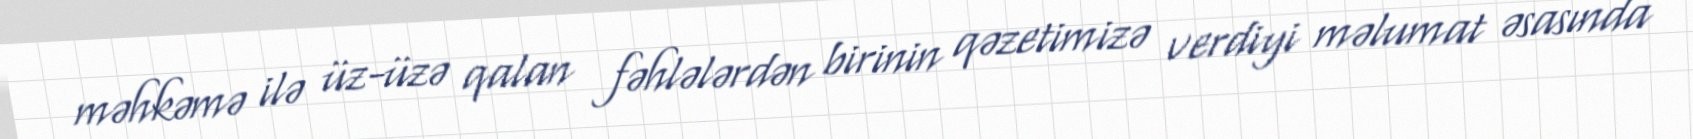
məhkəmə ilə üz-üzə qalan fəhlələrdən birinin qəzetimizə verdiyi məlumat əsasında